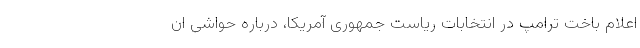
اعلام باخت ترامپ در انتخابات ریاست جمهوری آمریکا، درباره حواشی ان